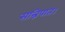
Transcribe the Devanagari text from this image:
सन्निपात।